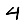
Digit: 4